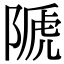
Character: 𨻆